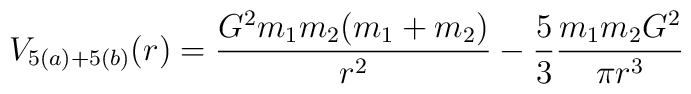
V_{5(a)+5(b)}(r) = \frac{G^2m_1m_2(m_1+m_2)}{r^2}-\frac53\frac{m_1m_2G^2}{\pi r^3}